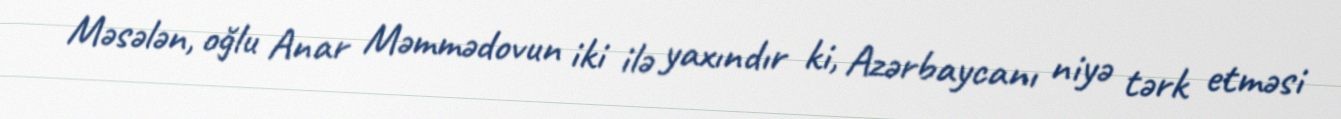
Məsələn, oğlu Anar Məmmədovun iki ilə yaxındır ki, Azərbaycanı niyə tərk etməsi